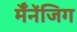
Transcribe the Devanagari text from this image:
मैँनेंजिग